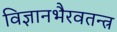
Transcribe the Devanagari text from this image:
विज्ञानभैरवतन्त्र